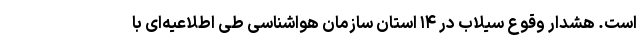
است. هشدار وقوع سیلاب در ۱۴ استان سازمان هواشناسی طی اطلاعیه‌ای با